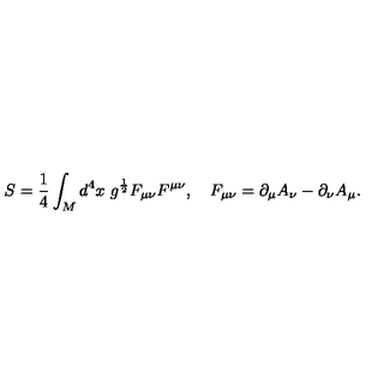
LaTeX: S = \frac 1 4 \int _ { M } d ^ { 4 } x \ g ^ { \frac 1 2 } F _ { \mu \nu } F ^ { \mu \nu } , \quad F _ { \mu \nu } = \partial _ { \mu } A _ { \nu } - \partial _ { \nu } A _ { \mu } .